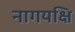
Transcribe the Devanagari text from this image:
नागयक्षि